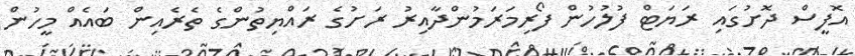
އޮފީސް ދޮށުގައި ރަޔަޓް ފުލުހުން ފޯރިމަރަމުންދާއިރު ރަށުގެ ރައްޔިތުންގެ ތެރެއިން ބައެއް މީހުން